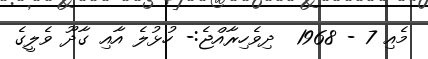
މެއި 7 - 1968  ދިވެހިރާއްޖެ:- ހުޅުލެ އާއި ގާދޫ ވެލީގެ